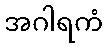
အဂါရကံ